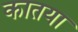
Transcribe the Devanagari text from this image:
कातया